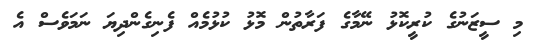
މި ސީޒަނުގެ ކުރީކޮޅު ނޭމާގެ ފަރާތުން މޮޅު ކުޅުމެއް ފެނިގެންދިޔަ ނަމަވެސް އެ